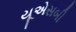
યૂએસબી